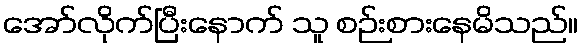
အော်လိုက်ပြီးနောက် သူ စဉ်းစားနေမိသည်။